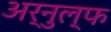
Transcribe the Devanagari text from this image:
अर्नुल्फ